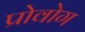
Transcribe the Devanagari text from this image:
प्रोवोग